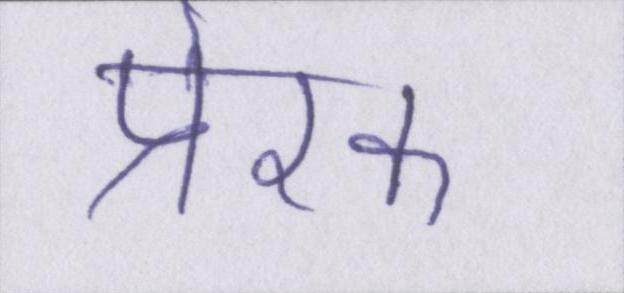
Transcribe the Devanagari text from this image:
प्रेरक